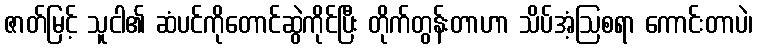
ဇာတ်မြင့် သူငါ၏ ဆံပင်ကိုတောင်ဆွဲကိုင်ပြီး တိုက်တွန်းတာဟာ သိပ်အံ့ဩစရာ ကောင်းတာပဲ၊